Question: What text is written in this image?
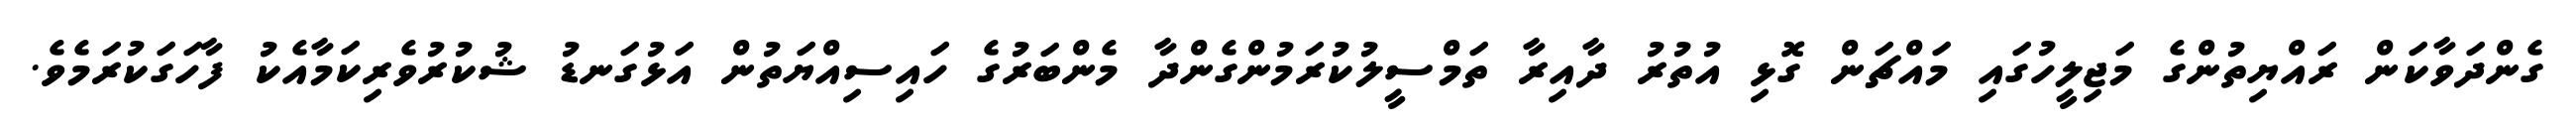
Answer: ގެންދަވާކަން ރައްޔިތުންގެ މަޖިލީހުގައި މައްޗަން ގޮޅި އުތުރު ދާއިރާ ތަމްސީލުކުރަމުންގެންދާ މެންބަރުގެ ހައިސިއްޔަތުން އަޅުގަނޑު ޝުކުރުވެރިކަމާއެކު ފާހަގަކުރަމެވެ.